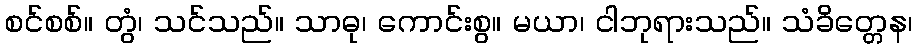
စင်စစ်။ တွံ၊ သင်သည်။ သာဓု၊ ကောင်းစွ။ မယာ၊ ငါဘုရားသည်။ သံခိတ္တေန၊